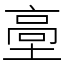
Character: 㙜